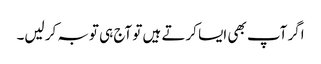
اگر آپ بھی ایسا کرتے ہیں تو آج ہی توبہ کر لیں۔